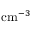
\mathrm { c m } ^ { - 3 }